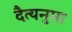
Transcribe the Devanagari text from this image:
दैत्यनुमा